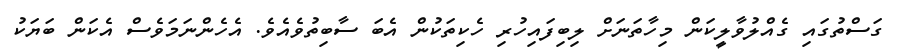
ގަސްތުގައި ގެއްލުވާލީކަން މިހާތަނަށް ލިބިފައިހުރި ހެކިތަކުން އެބަ ސާބިތުވެެއެވެ. އެހެންނަމަވެސް އެކަން ބަޔަކު